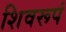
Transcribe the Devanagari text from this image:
शिवरूपं